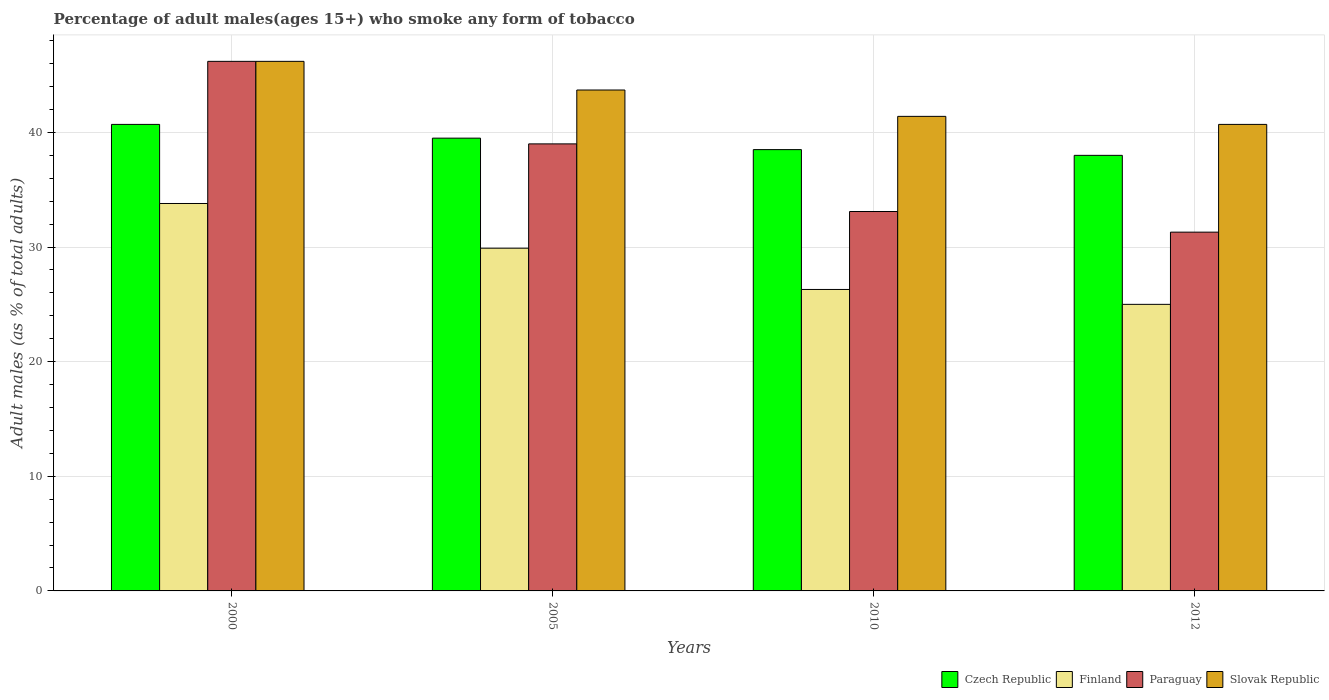
| Years | Czech Republic | Finland | Paraguay | Slovak Republic |
 | --- | --- | --- | --- | --- |
 | 2000 | 40.7 | 33.8 | 46.2 | 46.2 |
 | 2005 | 39.5 | 29.9 | 39 | 43.7 |
 | 2010 | 38.5 | 26.3 | 33.1 | 41.4 |
 | 2012 | 38 | 25 | 31.3 | 40.7 |